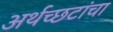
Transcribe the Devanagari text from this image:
अर्थच्‍छटांचा